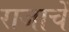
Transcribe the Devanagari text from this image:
राजाचें